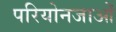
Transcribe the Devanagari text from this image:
परियोनजाओं